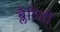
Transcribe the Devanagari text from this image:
ब्लैटिडी